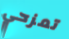
تمزحي